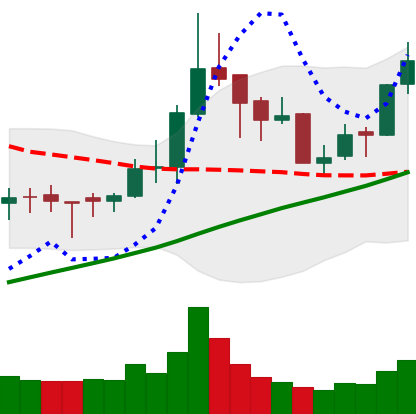
Ticker: BNB-USD
Chart end date: 2018-04-03
Forward return: -9.304%
Label: down_7plus